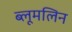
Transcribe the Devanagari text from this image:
ब्लूमलिन